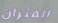
الفئران